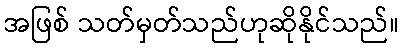
အဖြစ် သတ်မှတ်သည်ဟုဆိုနိုင်သည်။